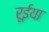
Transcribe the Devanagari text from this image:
रूईया